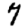
Digit: 7